Annual report of the Prince of Wales Medical College, Patna
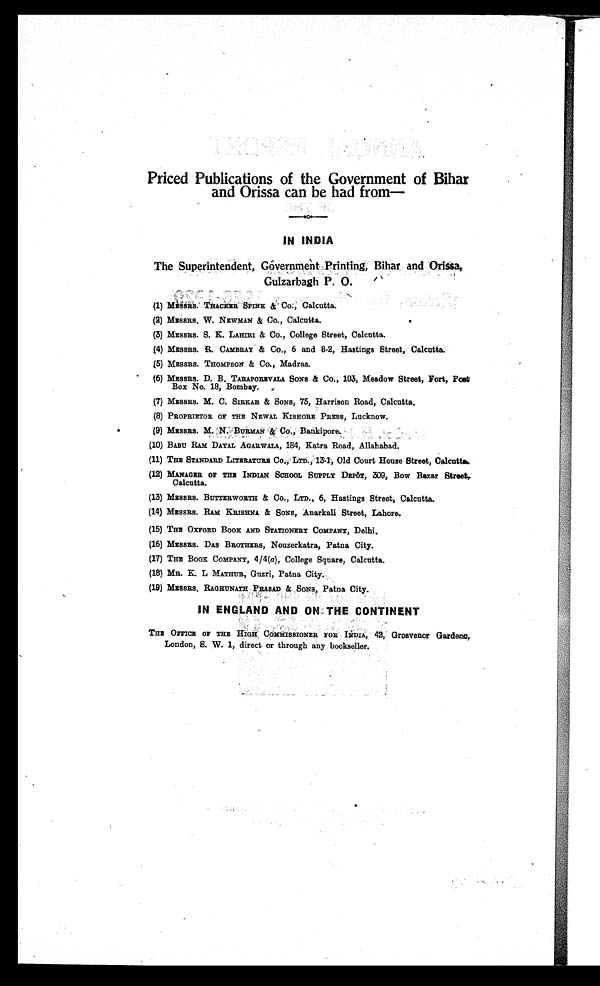
Priced Publications of the Government of Bihar
and Orissa can be had from—
IN INDIA
The Superintendent, Government Printing, Bihar and Orissa,
Gulzarbagh P. O.
(1) MESSRS. THACKER SPINK & Co., Calcutta.
(2) MESSRS. W. NEWMAN & Co., Calcutta.
(3) MESSRS. S. K. LAHIRI & Co., College Street, Calcutta.
(4) MESSRS. R. CAMBRAY & Co., 6 and 8-2, Hastings Street, Calcutta.
(5) MESSRS. THOMPSON & Co., Madras.
(6) MESSRS. D. B. TARAPOREVALA SONS & Co., 103, Meadow Street, Fort, Post
Box No. 18, Bombay.
(7) MESSRS. M. C. SIRKAR & SONS, 75, Harrison Road, Calcutta.
(8) PROPRIETOR OF THE NEWAL KISHORE PRESS, Lucknow.
(9) MESSRS. M. N.BURMAN & Co., Bankipore.
(10)BABU RAM DAYAL AGARWALA, 184, Katra Road, Allahabad.
(11)THE STANDARD LITERATURE Co., LTD 13-1, Old Court House Street, Calcutta
(12)MANAGER OF THE INDIAN SCHOOL SUPPLY DEPOT, 309, Bow Bazar Street,
Calcutta.
(13)MESSES. BUTTERWORTH & Co., LTD., 6, Hastings Street, Calcutta.
(14)MESSRS. RAM KRISHNA & SONS, Anarkali Street, Lahore.
(15)THE OXFORD BOOK AND STATIONERY COMPANY, Delhi.
(16)MESSRS. DAS BROTHERS, Nouzerkatra, Patna City.
(17)THE BOOK COMPANY, 4/4(a), College Square, Calcutta.
(18)MR. K. L MATHUR, Guzri, Patna City.
(19)MESSRS. RAGHUNATH PRASAD & SONS, Patna City.
IN ENGLAND AND ON THE CONTINENT
THE OFFICE OF THE HIGH COMMISSIONER FOR INDIA, 42, Grosvenor Garden
a
London, S. W. 1, direct or through any bookseller.